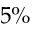
5 \%